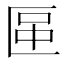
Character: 𠥅